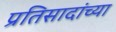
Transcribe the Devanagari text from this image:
प्रतिसादांच्या